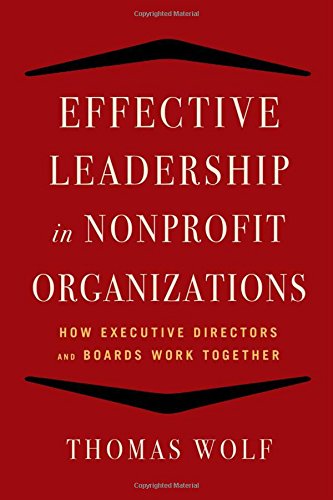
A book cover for Effective Leadership for Nonprofit Organizations: How Executive Directors and Boards Work Together; Thomas Wolf; Business & Money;